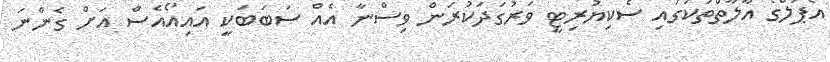
އެޕަލްގެ އާލާތްތަކުގައި ސެކިޔުރިޓީ ވަރުގަދަކުރަން ވިސްނާ އެއް ސަބަބަކީ އައިއޯއެސް އަށް ގެންނަ